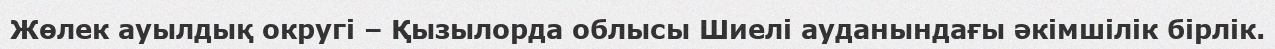
Жөлек ауылдық округі – Қызылорда облысы Шиелі ауданындағы әкімшілік бірлік.